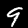
Digit: 9